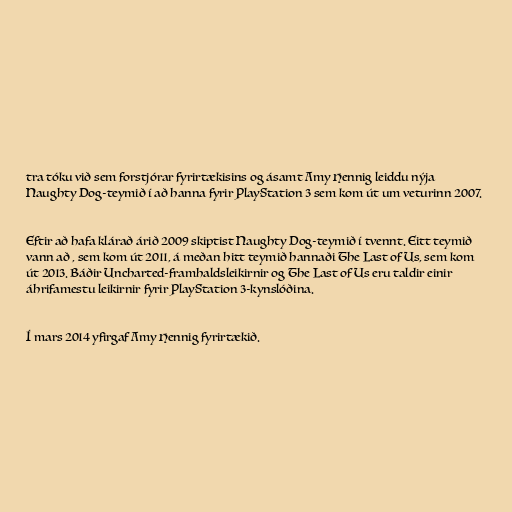
tra tóku við sem forstjórar fyrirtækisins og ásamt Amy Hennig leiddu nýja
Naughty Dog-teymið í að hanna fyrir PlayStation 3 sem kom út um veturinn 2007.

Eftir að hafa klárað árið 2009 skiptist Naughty Dog-teymið í tvennt. Eitt teymið
vann að , sem kom út 2011, á meðan hitt teymið hannaði The Last of Us, sem kom
út 2013. Báðir Uncharted-framhaldsleikirnir og The Last of Us eru taldir einir
áhrifamestu leikirnir fyrir PlayStation 3-kynslóðina.

Í mars 2014 yfirgaf Amy Hennig fyrirtækið.